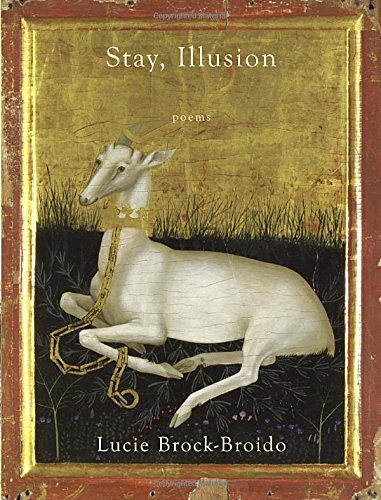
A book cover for Stay, Illusion: Poems; Lucie Brock-Broido; Literature & Fiction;